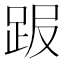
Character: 𧿸